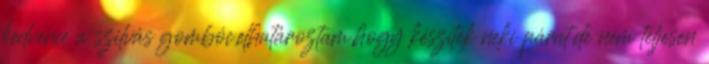
kedvence a szilvás gombóc,elhatároztam,hogy készítek neki párat,de nem teljesen